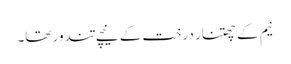
نیم کے چھتنار درخت کے نیچے تندور تھا۔